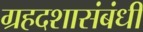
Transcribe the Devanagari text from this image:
ग्रहदशासंबंधी